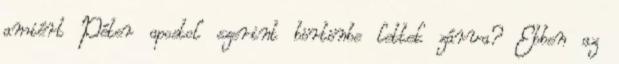
amiért Péter apostol szerint börtönbe lettek zárva? Ebben az